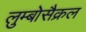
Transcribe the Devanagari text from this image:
लुम्बोसैक्रल